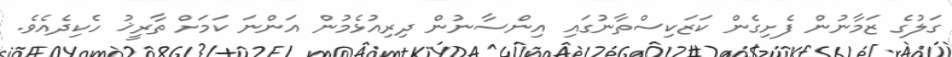
ގަލުގެ ޒަމާނުން ފެށިގެން ކަޒަކިސްތާނުގައި އިންސާނުން ދިރިއުޅެމުން އަންނަ ކަމަށް ތާރީޚު ހެކިދެއެވެ.